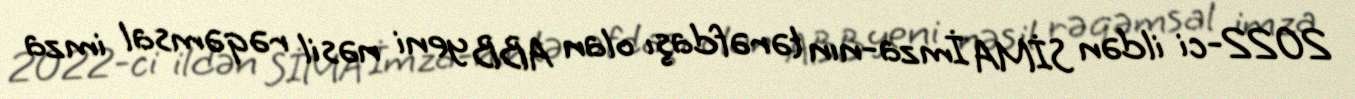
2022-ci ildən SİMA İmza-nın tərəfdaşı olan ABB yeni nəsil rəqəmsal imza